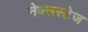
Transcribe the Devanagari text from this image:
नेक्सस्टेज